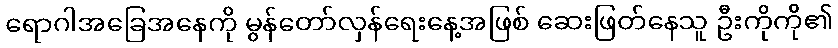
ရောဂါအခြေအနေကို မွန်တော်လှန်ရေးနေ့အဖြစ် ဆေးဖြတ်နေသူ ဦးကိုကို၏